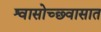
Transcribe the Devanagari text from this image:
श्वासोच्छ्वासात